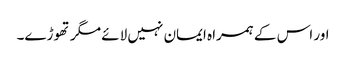
اور اس کے ہمراہ ایمان نہیں لائے مگر تھوڑے۔